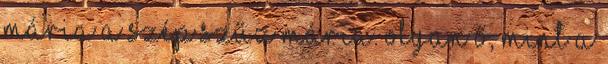
Mária a Szép Szűz Mária. Olyan ő, mint a